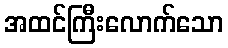
အထင်ကြီးလောက်သော